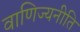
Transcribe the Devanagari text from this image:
वाणिज्यनीति